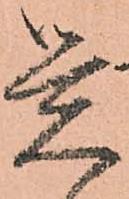
覚